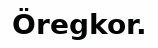
Öregkor.